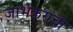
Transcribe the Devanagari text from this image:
जांभेकरांची